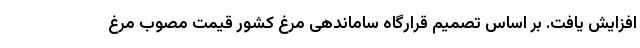
افزایش یافت. بر اساس تصمیم قرارگاه ساماندهی مرغ کشور قیمت مصوب مرغ